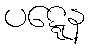
ပဋ္ဋေန